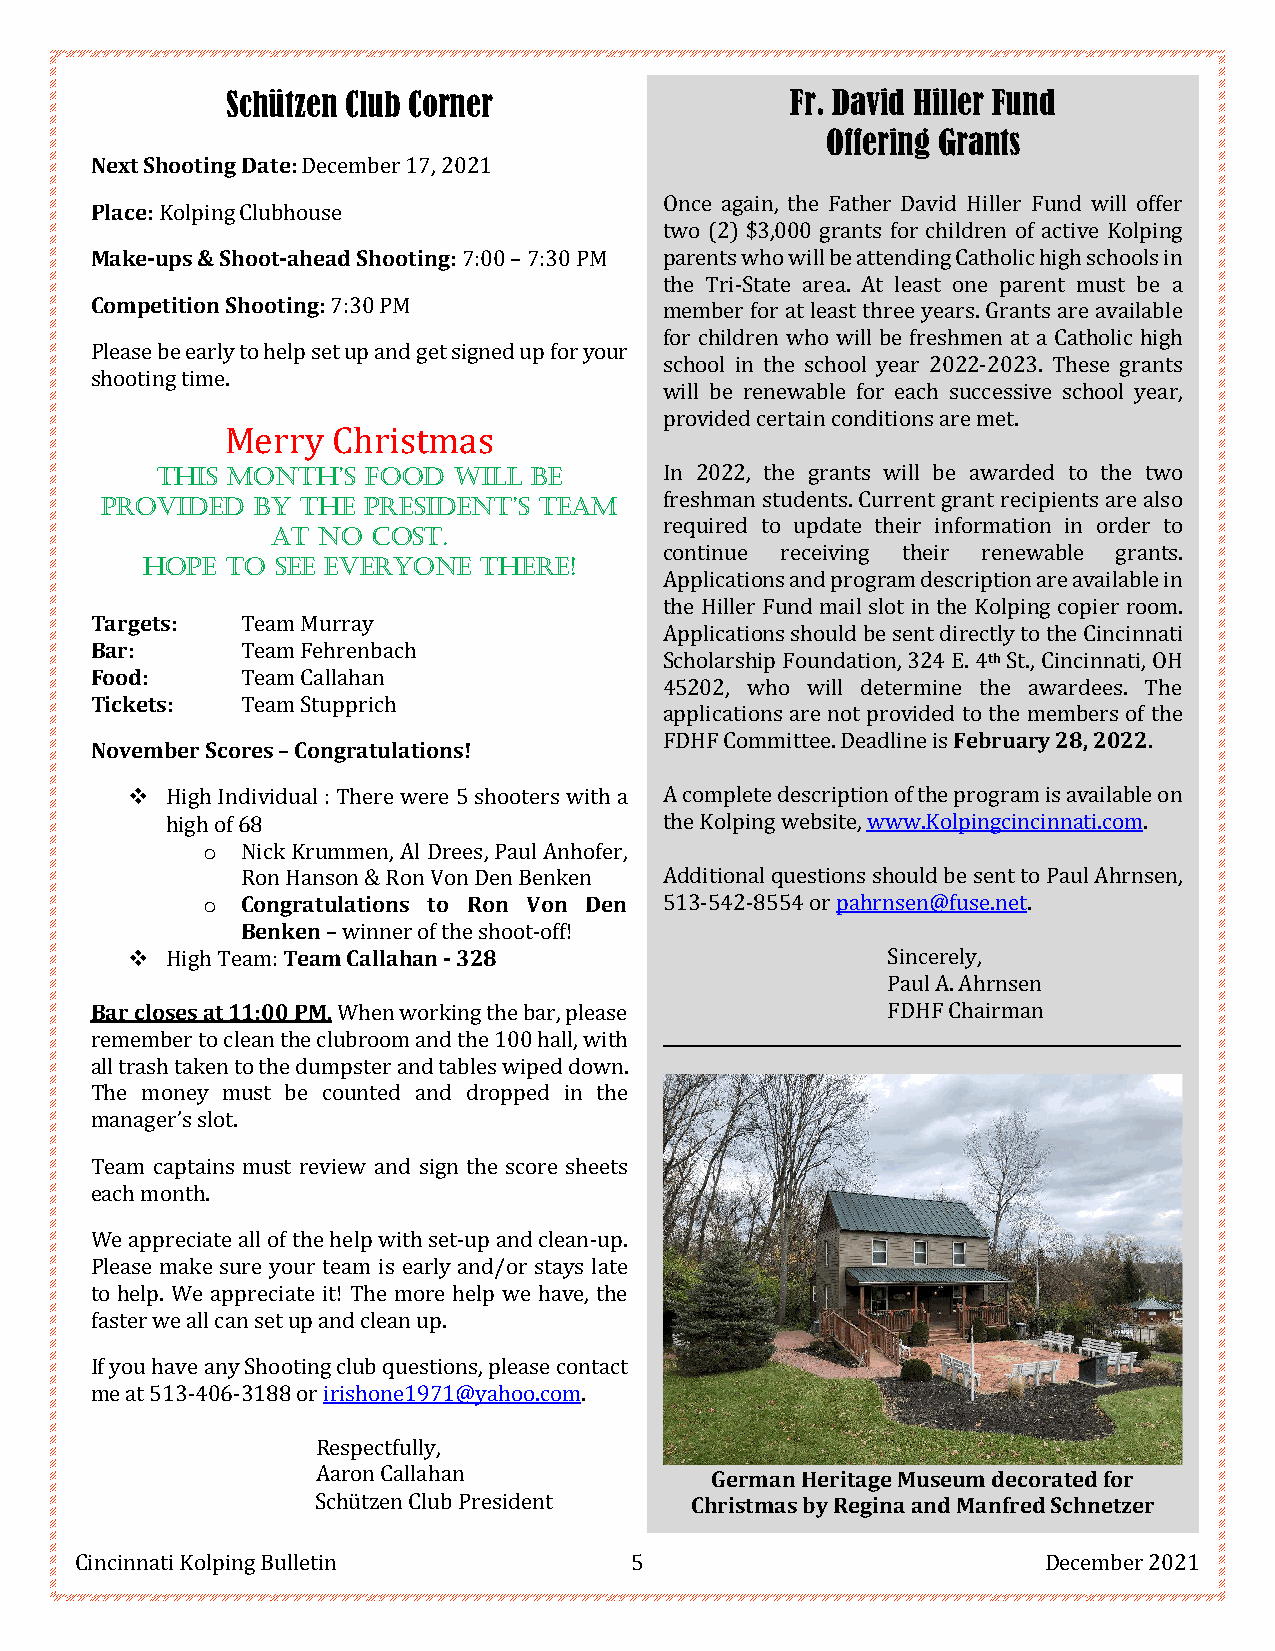
Schützen Club Corner                 Fr. David Hiller Fund
 Offering Grants
 Next Shooting Date: December 17, 2021
 Once again, the Father David Hiller Fund will offer
 Place: Kolping Clubhouse
 two (2) $3,000 grants for children of active Kolping
 Make-ups & Shoot-ahead Shooting: 7:00 – 7:30 PM parents who will be attending Catholic high schools in
 the Tri-State area. At least one parent must be a
 Competition Shooting: 7:30 PM         member for at least three years. Grants are available
 for children who will be freshmen at a Catholic high
 Please be early to help set up and get signed up for your
 school in the school year 2022-2023. These grants
 shooting time.
 will be renewable for each successive school year,
 provided certain conditions are met.
 Merry  Christmas
 THIS MONTH’S  FOOD  WILL BE       In 2022, the grants will be awarded to the two
 PROVIDED  BY THE PRESIDENT’S TEAM    freshman students. Current grant recipients are also
 AT NO  COST.              required to update their information in order to
 continue receiving their renewable grants.
 HOPE  TO SEE EVERYONE  THERE!
 Applications and program description are available in
 the Hiller Fund mail slot in the Kolping copier room.
 Targets:  Team Murray
 Applications should be sent directly to the Cincinnati
 Bar:      Team Fehrenbach
 Scholarship Foundation, 324 E. 4th St., Cincinnati, OH
 Food:     Team Callahan
 45202, who will determine the awardees. The
 Tickets:  Team Stupprich
 applications are not provided to the members of the
 FDHF Committee. Deadline is February 28, 2022.
 November Scores – Congratulations!
   High Individual : There were 5 shooters with a A complete description of the program is available on
 high of 68                       the Kolping website, www.Kolpingcincinnati.com.
 o  Nick Krummen, Al Drees, Paul Anhofer,
 Ron Hanson & Ron Von Den Benken Additional questions should be sent to Paul Ahrnsen,
 o  Congratulations to Ron Von Den 513-542-8554 or pahrnsen@fuse.net.
 Benken – winner of the shoot-off!
   High Team: Team Callahan - 328                  Sincerely,
 Paul A. Ahrnsen
 Bar closes at 11:00 PM. When working the bar, please FDHF Chairman
 remember to clean the clubroom and the 100 hall, with _____________________________________________________________
 all trash taken to the dumpster and tables wiped down.
 The money must be counted and dropped in the
 manager’s slot.
 Team captains must review and sign the score sheets
 each month.
 We appreciate all of the help with set-up and clean-up.
 Please make sure your team is early and/or stays late
 to help. We appreciate it! The more help we have, the
 faster we all can set up and clean up.
 If you have any Shooting club questions, please contact
 me at 513-406-3188 or irishone1971@yahoo.com.
 Respectfully,
 Aaron Callahan            German Heritage Museum decorated for
 Schützen Club President  Christmas by Regina and Manfred Schnetzer
 Cincinnati Kolping Bulletin          5                          December 2021